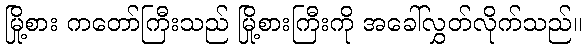
မြို့စား ကတော်ကြီးသည် မြို့စားကြီးကို အခေါ်လွှတ်လိုက်သည်။